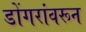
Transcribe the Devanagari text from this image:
डोंगरांवरून